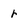
Character: r